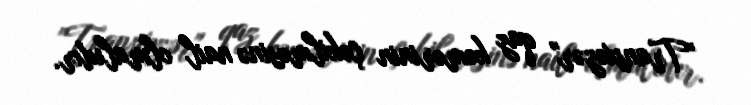
”Transxəzər" qaz kəmərinin çəkilməsinə nail olmalıdır.